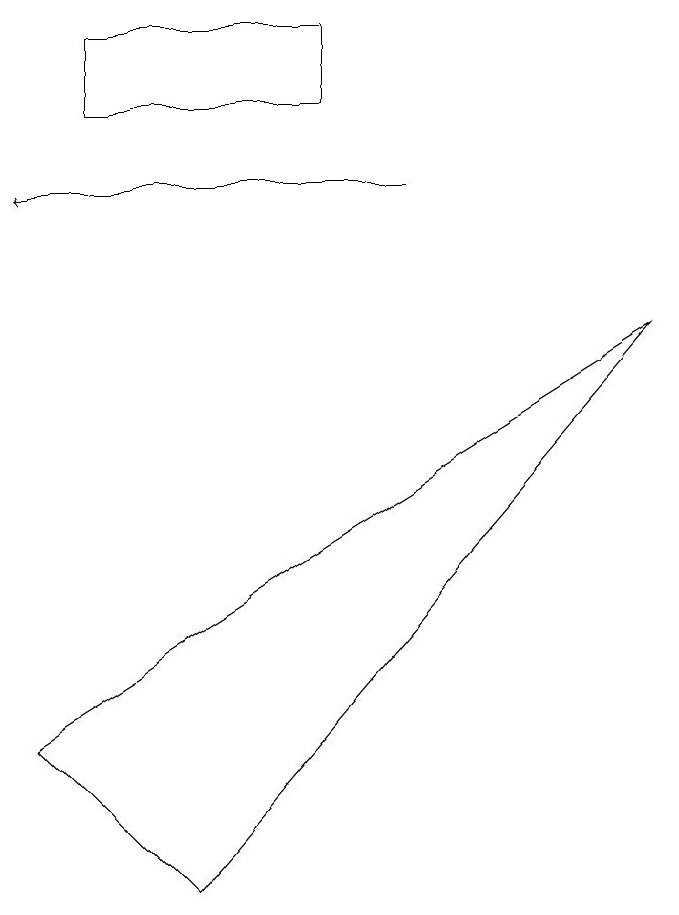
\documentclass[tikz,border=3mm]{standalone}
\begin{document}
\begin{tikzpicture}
\draw[->] (5,10) -- (0,10);
\draw (2,1) -- (8,8) -- (0,3) -- cycle;
\draw (4,11) rectangle (1,12);
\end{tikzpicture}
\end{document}